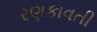
રણકાવતી